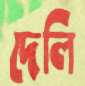
দেলি